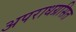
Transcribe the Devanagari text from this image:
अपराधग्रसित